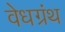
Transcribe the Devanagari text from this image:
वेधग्रंथ